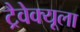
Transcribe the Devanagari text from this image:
ट्रैवेक्यूला